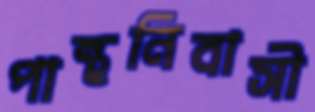
পান্থনিবাসী